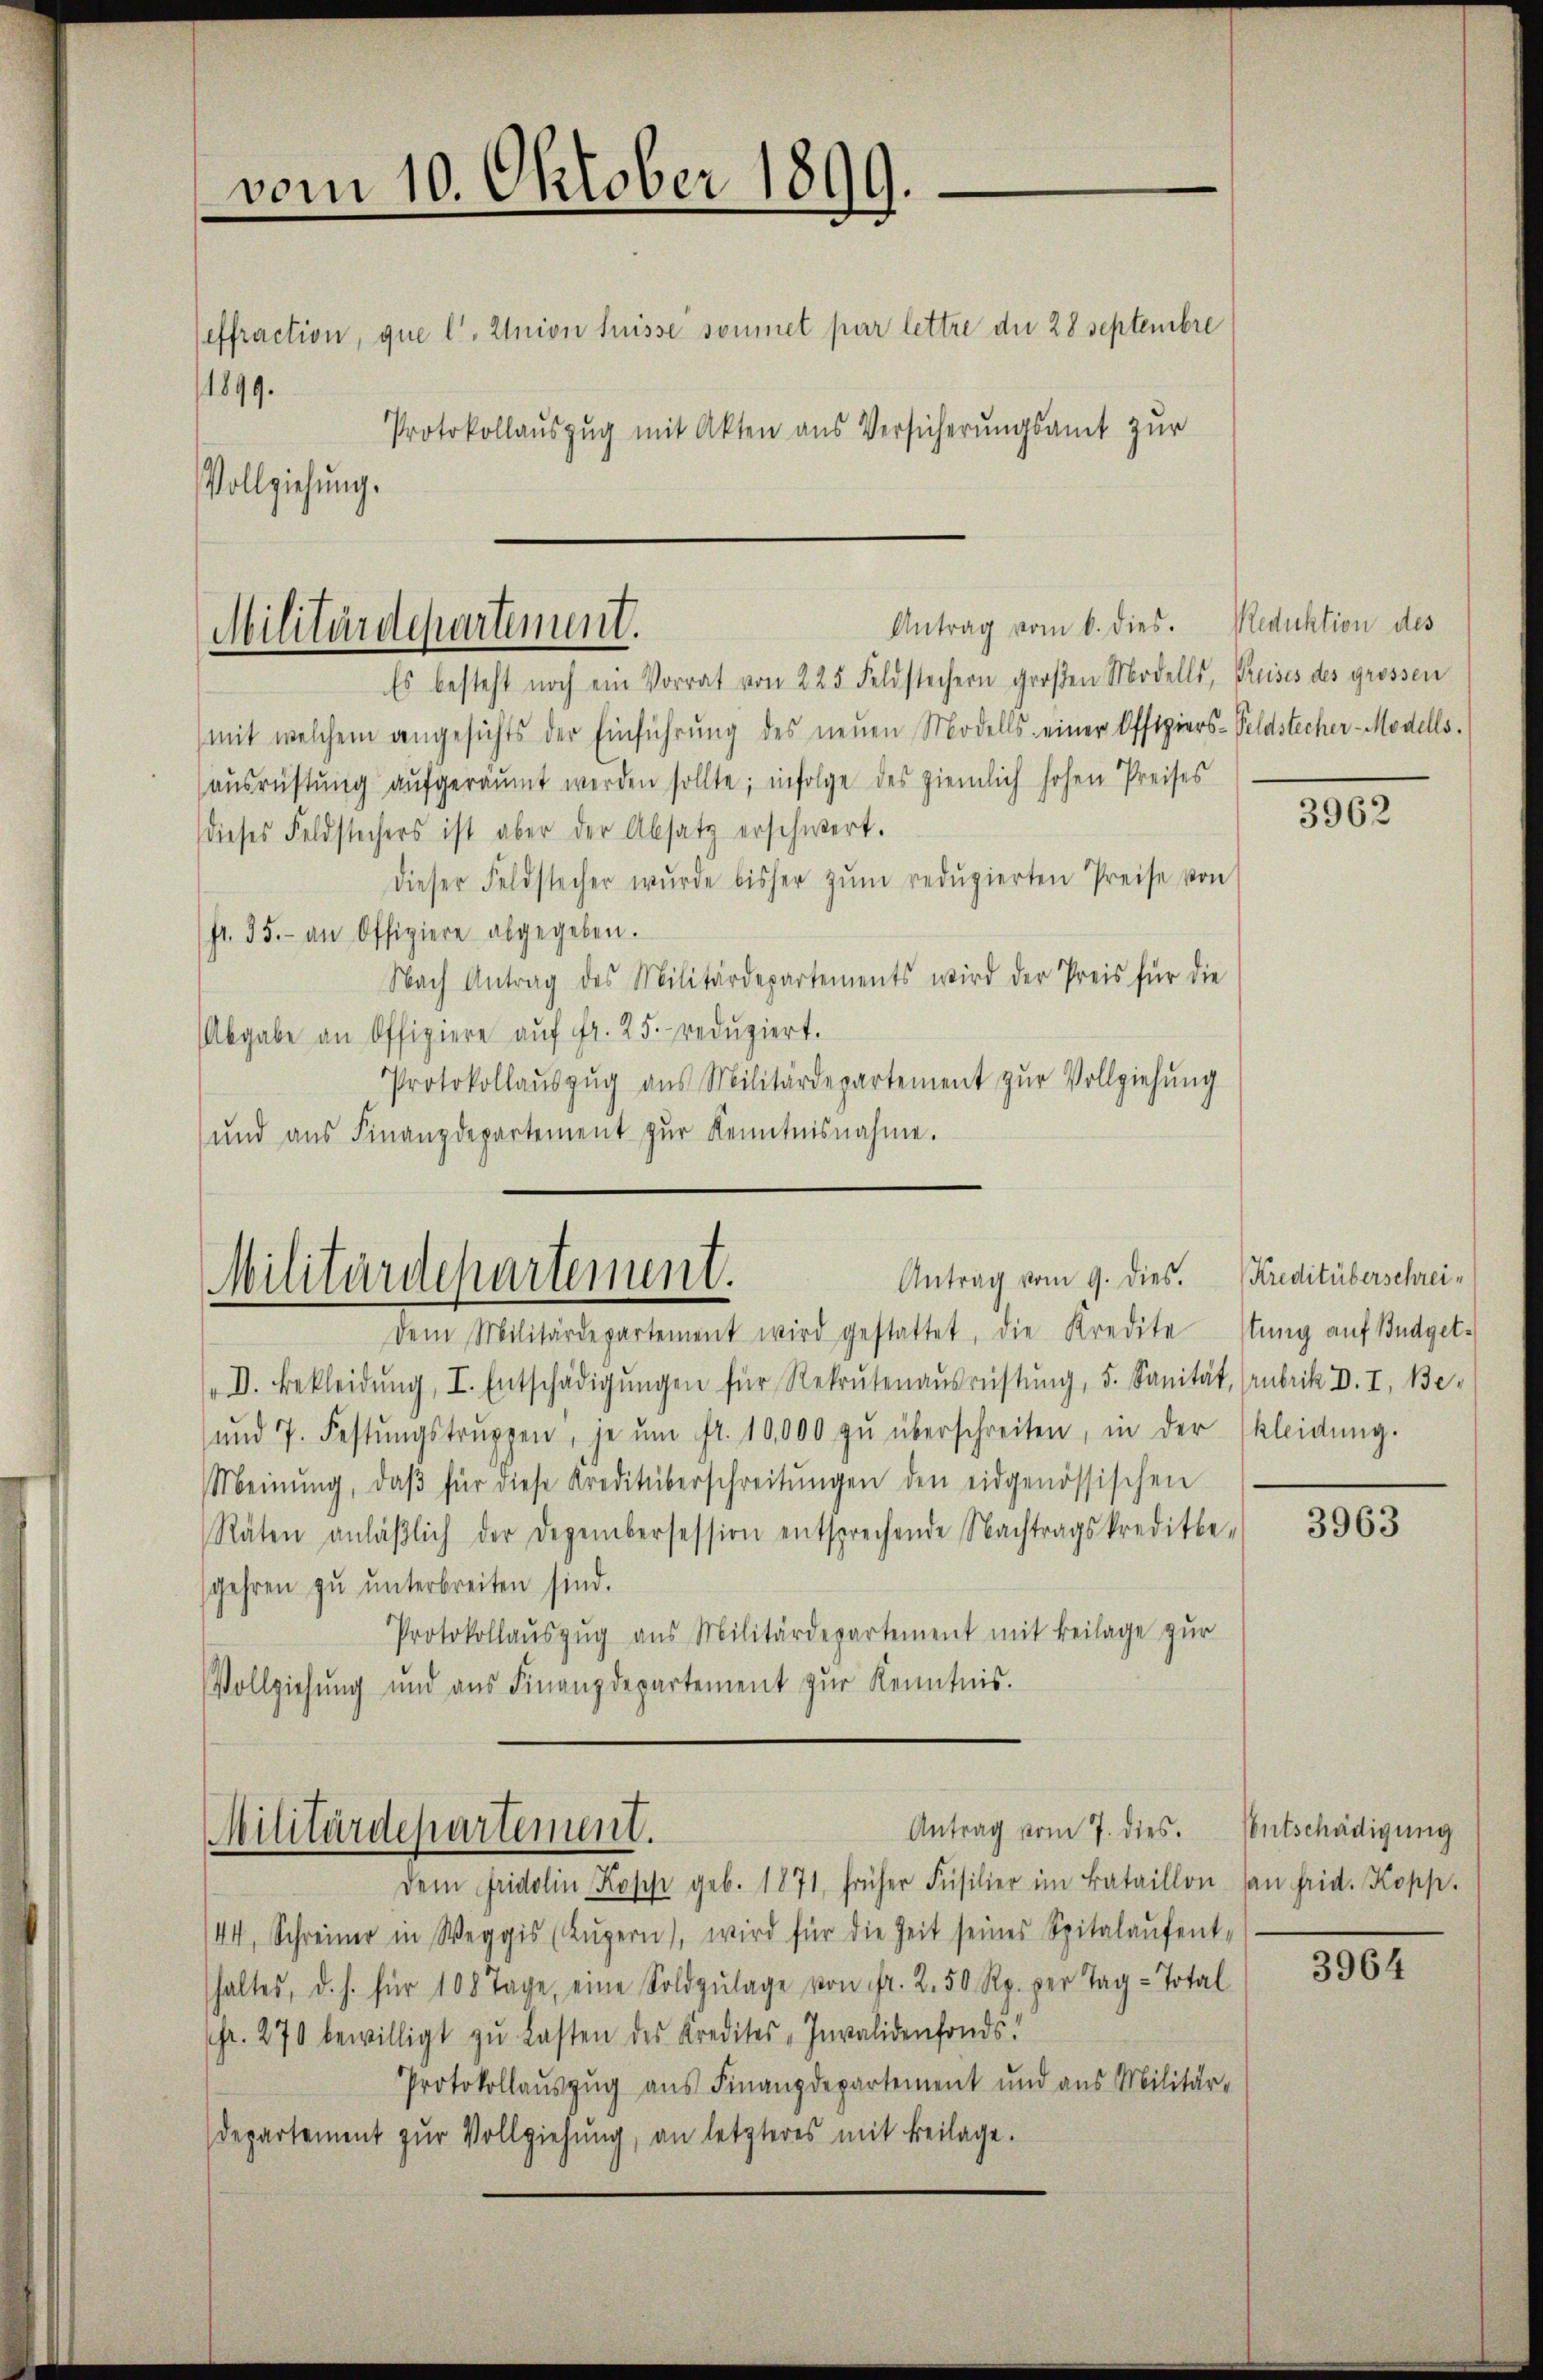
vom 10. Oktober 1899.

1899.
Protokollaŭszŭg mit Akten aus Versicherŭngsamt zŭr
Vollziehung.

effraction, que lt. Union fuisse soumet par lettre du 28 Septembre

Antrag vom 6. dies. Reduktion des
Militärdepartement.
Es besteht noch ein Vorrat von 225 Feldstechern großen Modells, Preises des grossen

mit welchem angesichts der Einführŭng des neŭen Modells einer Offiziers-Seldstecher-Modells
ausrüstung aŭfgeräumt werden sollte; infolge des ziemlich hohen Preises
dieses Feldstechers ist aber der Absatz erschwert.
dieser Feldstecher wurde bisher zŭm redŭzierten Preise von
fr. 35. an Offiziere abgegeben.
Nach Antrag des Militärdepartements wird der Preis für die
Abgabe an Offiziere aŭf fr. 25. redŭziert.
Protokollaŭszŭg aŭs Militärdepartement zŭr Vollziehŭng
und aŭs Finanzdepartement zŭr Kenntnisnahme.

Antrag vom 9. dies.
Militärdepartement.

dem Militärdepartement wird gestattet, die Kredite Stŭng aŭf Budget-
D. Bekleidŭng, I. Entschädigŭngen für Rekrutenaŭsrüstung, 5. Sanität, Aubrik D. I. Be-
ŭnd 7. Festŭngstrŭppen, je ŭm fr. 10,000 zŭ überschreiten, in der kleidŭng.
Meinŭng, daβ für diese Kreditüberschreitŭngen den eidgenössischen
Räten anläβlich der Dezembersession entsprechende Nachtragskreditbe-
gehren zŭ ŭnterbreiten sind.
Protokollaŭszŭg aŭs Militärdepartement mit Beilage zur
Vollziehung und aus Finanzdepartement zŭr Kenntnis.

Antrag vom 7. dies.
Militärdepartement.
dem Fridolin Kopp geb. 1871, früher Füsilier im Bataillon an frid. Kopp.

44, Schreiner in Weggis (Lŭzern, wird für die Zeit seines Spitalaŭfent-
haltes, d. s. für 108 Tage, eine Soldzŭlage von fr. 2. 50 Rp. per Tag-Total
fr. 270 bewilligt zu Lasten des Kredites „Invalidenfonds.
Protokollauszug aus Finanzdepartement und aus Militär-
departement zur Vollziehung, an letzteres mit Beilage.

3962

Kreditüberschrei¬

3963

EEntschädigung

3964